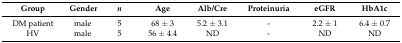
<table><thead><tr><td><b>Group</b></td><td><b>Gender</b></td><td><b><i>n</i></b></td><td><b>Age</b></td><td><b>Alb/Cre</b></td><td><b>Proteinuria</b></td><td><b>eGFR</b></td><td><b>HbA1c</b></td></tr></thead><tbody><tr><td>DM patient</td><td>male</td><td>5</td><td>68 ± 3</td><td>5.2 ± 3.1</td><td>-</td><td>2.2 ± 1</td><td>6.4 ± 0.7</td></tr><tr><td>HV</td><td>male</td><td>5</td><td>56 ± 4.4</td><td>ND</td><td>-</td><td>ND</td><td>ND</td></tr></tbody></table>